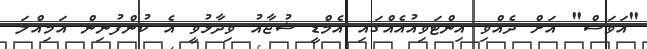
"އަވަސް" އަށް ދެއްވި އިންޓަވިއުއެއްގައި އެމްޑީ ޝުޖާއު ވިދާޅުވީ އެ ކުންފުނިން އަމިއްލަ